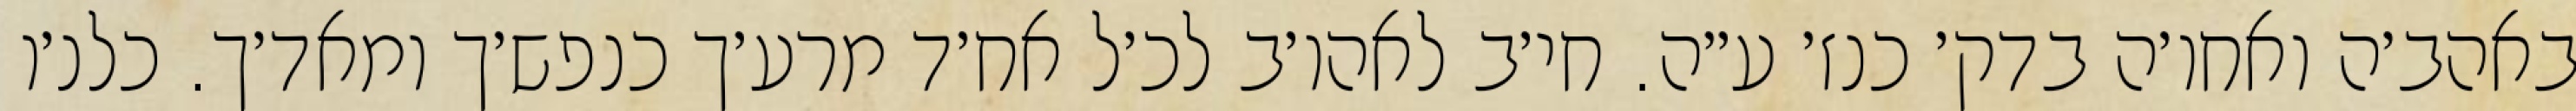
באהב׳ה ואחו׳ה בדק׳ כנז׳ ע״ה. חי׳ב לאהו׳ב לכ׳ל אח׳ד מרע׳ך כנפש׳ך ומאד׳ך. כלנ׳ו